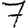
Digit: 7